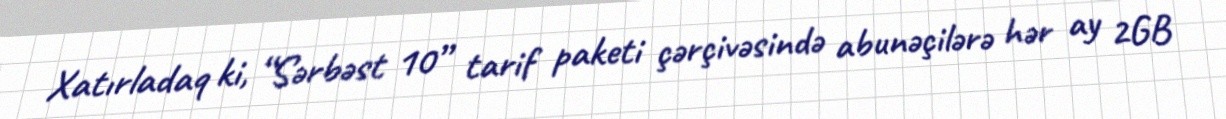
Xatırladaq ki, “Sərbəst 10” tarif paketi çərçivəsində abunəçilərə hər ay 2GB